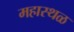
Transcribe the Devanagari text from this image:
महास्थळ